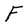
Character: F